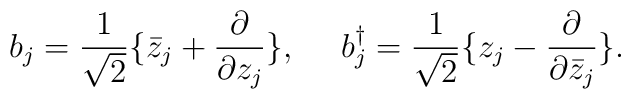
b_j= { 1 \over \sqrt 2}\{ \bar z_j + {\partial \over \partial z_j}\},~~~~ b^{\dagger}_j= { 1 \over \sqrt 2}\{  z_j - {\partial \over \partial \bar z_j}\}.